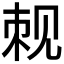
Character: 𬢍